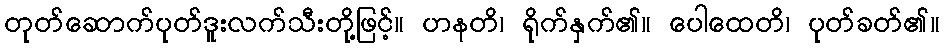
တုတ်ဆောက်ပုတ်ဒူးလက်သီးတို့ဖြင့်။ ဟနတိ၊ ရိုက်နှက်၏။ ပေါထေတိ၊ ပုတ်ခတ်၏။